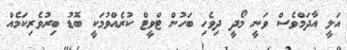
އަލީ އާދަމްވެސް ވަނީ މޯދީ ދިވެހި ބަހުން ޓްވީޓް ކުރެއްވުމަކީ ބޮޑު ބިރުވެރިކަމެއް